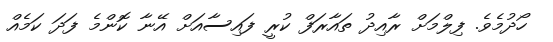
ހޯދުމެވެ. ފިލްމަށް ރާއިދު ތައާރަފް ކުރީ ފައިސާއަށް އޭނާ ކޮންމެ ފަދަ ކަމެއް